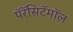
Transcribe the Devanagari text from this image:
पॅरॅसिटॅमॉल